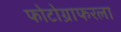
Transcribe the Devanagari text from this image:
फोटोग्राफरला